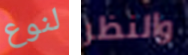
لنوع والنظر